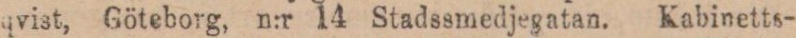
qvist, Göteborg, n:r 14 Stadssmedjegatan. Kabinetts-